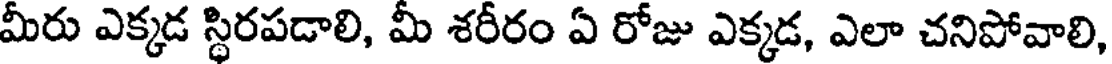
మీరు ఎక్కడ స్థిరపడాలి, మీ శరీరం ఏ రోజు ఎక్కడ, ఎలా చనిపోవాలి,